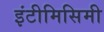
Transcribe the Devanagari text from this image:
इंटीमिसिमी